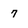
Character: 7